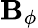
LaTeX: \mathbf{B}_{\phi}